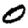
Digit: 0